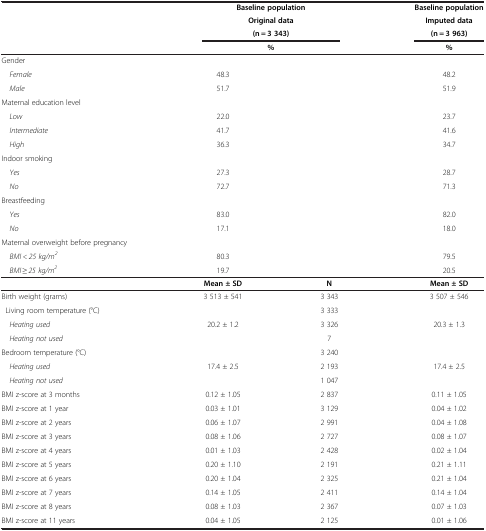
<table><thead><tr><td><b> </b></td><td colspan="2"><b>Baseline population</b></td><td><b>Baseline population</b></td></tr><tr><td><b> </b></td><td colspan="2"><b>Original data</b></td><td><b>Imputed data</b></td></tr><tr><td><b> </b></td><td colspan="2"><b>(n = 3 343)</b></td><td><b>(n = 3 963)</b></td></tr><tr><td><b> </b></td><td colspan="2"><b>%</b></td><td><b>%</b></td></tr></thead><tbody><tr><td>Gender</td><td> </td><td> </td><td> </td></tr><tr><td> <i>Female</i></td><td>48.3</td><td> </td><td>48.2</td></tr><tr><td> <i>Male</i></td><td>51.7</td><td> </td><td>51.9</td></tr><tr><td>Maternal education level</td><td> </td><td> </td><td> </td></tr><tr><td> <i>Low</i></td><td>22.0</td><td> </td><td>23.7</td></tr><tr><td> <i>Intermediate</i></td><td>41.7</td><td> </td><td>41.6</td></tr><tr><td> <i>High</i></td><td>36.3</td><td> </td><td>34.7</td></tr><tr><td>Indoor smoking</td><td> </td><td> </td><td> </td></tr><tr><td> <i>Yes</i></td><td>27.3</td><td> </td><td>28.7</td></tr><tr><td> <i>No</i></td><td>72.7</td><td> </td><td>71.3</td></tr><tr><td>Breastfeeding</td><td> </td><td> </td><td> </td></tr><tr><td> <i>Yes</i></td><td>83.0</td><td> </td><td>82.0</td></tr><tr><td> <i>No</i></td><td>17.1</td><td> </td><td>18.0</td></tr><tr><td>Maternal overweight before pregnancy</td><td> </td><td> </td><td> </td></tr><tr><td> <i>BMI &lt; 25 kg/m</i><sup><i>2</i></sup></td><td>80.3</td><td> </td><td>79.5</td></tr><tr><td> <i>BMI</i> ≥ <i>25 kg/m</i><sup><i>2</i></sup></td><td>19.7</td><td> </td><td>20.5</td></tr><tr><td> </td><td><b>Mean ± SD</b></td><td><b>N</b></td><td><b>Mean ± SD</b></td></tr><tr><td>Birth weight (grams)</td><td>3 513 ± 541</td><td>3 343</td><td>3 507 ± 546</td></tr><tr><td> Living room temperature (°C)</td><td> </td><td>3 333</td><td> </td></tr><tr><td> <i>Heating used</i></td><td>20.2 ± 1.2</td><td>3 326</td><td>20.3 ± 1.3</td></tr><tr><td> <i>Heating not used</i></td><td> </td><td>7</td><td> </td></tr><tr><td>Bedroom temperature (°C)</td><td> </td><td>3 240</td><td> </td></tr><tr><td> <i>Heating used</i></td><td>17.4 ± 2.5</td><td>2 193</td><td>17.4 ± 2.5</td></tr><tr><td> <i>Heating not used</i></td><td> </td><td>1 047</td><td> </td></tr><tr><td>BMI z-score at 3 months</td><td>0.12 ± 1.05</td><td>2 837</td><td>0.11 ± 1.05</td></tr><tr><td>BMI z-score at 1 year</td><td>0.03 ± 1.01</td><td>3 129</td><td>0.04 ± 1.02</td></tr><tr><td>BMI z-score at 2 years</td><td>0.06 ± 1.07</td><td>2 991</td><td>0.04 ± 1.08</td></tr><tr><td>BMI z-score at 3 years</td><td>0.08 ± 1.06</td><td>2 727</td><td>0.08 ± 1.07</td></tr><tr><td>BMI z-score at 4 years</td><td>0.01 ± 1.03</td><td>2 428</td><td>0.02 ± 1.04</td></tr><tr><td>BMI z-score at 5 years</td><td>0.20 ± 1.10</td><td>2 191</td><td>0.21 ± 1.11</td></tr><tr><td>BMI z-score at 6 years</td><td>0.20 ± 1.04</td><td>2 325</td><td>0.21 ± 1.04</td></tr><tr><td>BMI z-score at 7 years</td><td>0.14 ± 1.05</td><td>2 411</td><td>0.14 ± 1.04</td></tr><tr><td>BMI z-score at 8 years</td><td>0.08 ± 1.03</td><td>2 367</td><td>0.07 ± 1.03</td></tr><tr><td>BMI z-score at 11 years</td><td>0.04 ± 1.05</td><td>2 125</td><td>0.01 ± 1.06</td></tr></tbody></table>